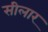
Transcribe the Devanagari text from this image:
सीलार